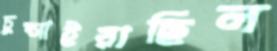
চুপ্‌সাইয়াছিল